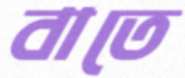
বাতে